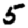
Digit: 5